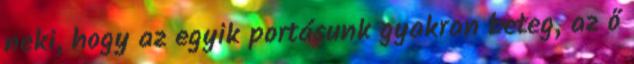
neki, hogy az egyik portásunk gyakran beteg, az ő